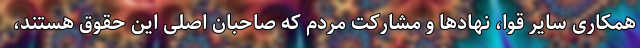
همکاری سایر قوا، نهادها و مشارکت مردم که صاحبان اصلی این حقوق هستند،